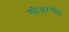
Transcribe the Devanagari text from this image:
सीअरगोह